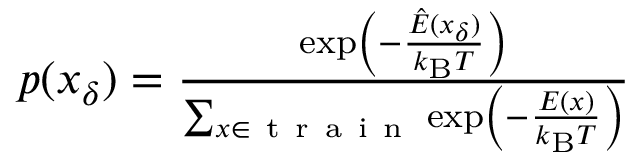
\begin{array} { r } { p ( x _ { \delta } ) = \frac { \exp \left( - \frac { \hat { E } ( x _ { \delta } ) } { k _ { \mathrm { B } } T } \right) } { \sum _ { x \in \mathrm { ~ t ~ r ~ a ~ i ~ n ~ } } \exp \left( - \frac { E ( x ) } { k _ { \mathrm { B } } T } \right) } } \end{array}